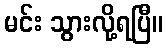
မင်း သွားလို့ရပြီ။